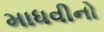
માધવીનો